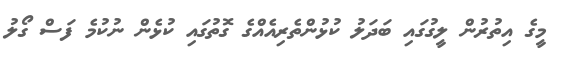
މީގެ އިތުރުން ލީގުގައި ބަދަލު ކުޅުންތެރިއެއްގެ ގޮތުގައި ކުޅެން ނުކުމެ ފަސް ގޯލު